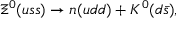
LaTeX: \Xi ^ { 0 } ( u s s ) \rightarrow n ( u d d ) + K ^ { 0 } ( d \bar { s } ) ,